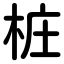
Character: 桩